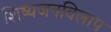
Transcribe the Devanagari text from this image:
शिष्यजनविलाप